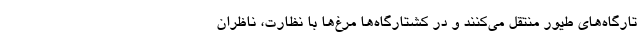
تارگاه‌های طیور منتقل می‌کنند و در کشتارگاه‌ها مرغ‌ها با نظارت، ناظران